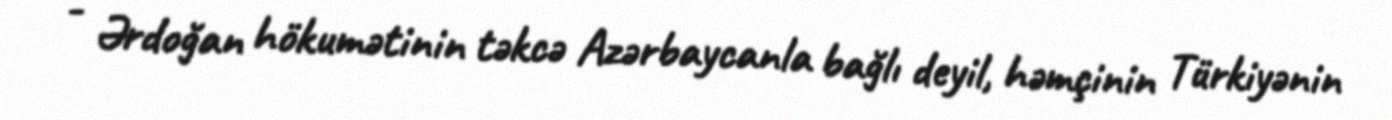
- Ərdoğan hökumətinin təkcə Azərbaycanla bağlı deyil, həmçinin Türkiyənin